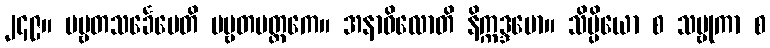
၂၄၉။ ပဗ္ဗတသင်္ခေပေတိ ပဗ္ဗတမတ္ထကေ။ အနာဝိလောတိ နိက္ကဒ္ဒမော။ သိပ္ပိယော စ သမ္ဗုကာ စ